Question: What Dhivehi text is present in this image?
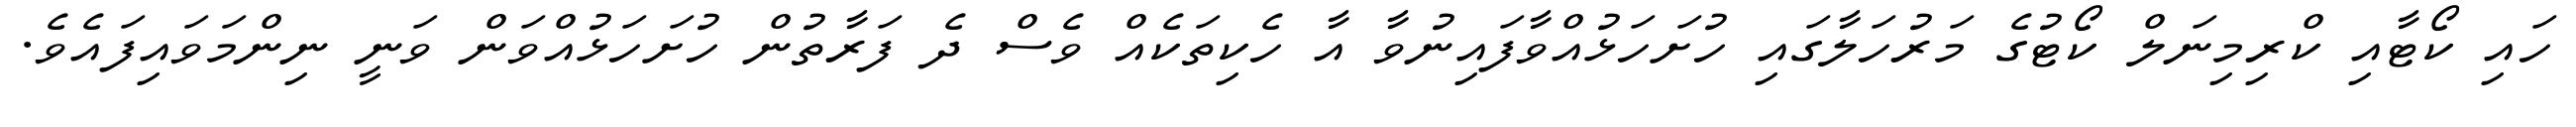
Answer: ހައި ކޯޓާއި ކްރިމިނަލް ކޯޓުގެ މަރުހަލާގައި ހުށަހަޅުއްވާފައިނުވާ އާ ހެކިތަކެއް ވެސް ދެ ފަރާތުން ހުށަހަޅުއްވަން ވަނީ ނިންމަވައިފައެވެ.